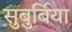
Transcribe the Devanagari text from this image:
सुबुर्बिया